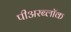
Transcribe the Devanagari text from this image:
पीअरब्लॉक